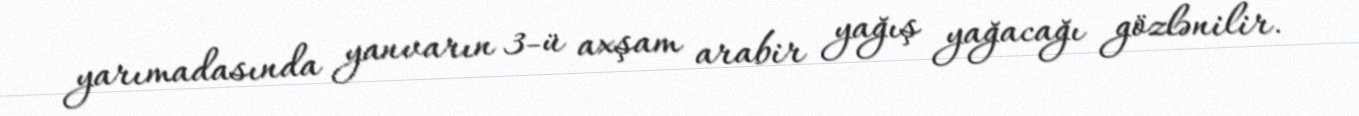
yarımadasında yanvarın 3-ü axşam arabir yağış yağacağı gözlənilir.